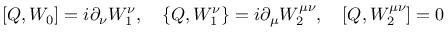
\lbrack Q , W _ { 0 } ] = i \partial _ { \nu } W _ { 1 } ^ { \nu } , \quad \{ Q , W _ { 1 } ^ { \nu } \} = i \partial _ { \mu } W _ { 2 } ^ { \mu \nu } , \quad \lbrack Q , W _ { 2 } ^ { \mu \nu } ] = 0 \nonumber